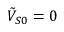
\tilde { V } _ { S 0 } = 0